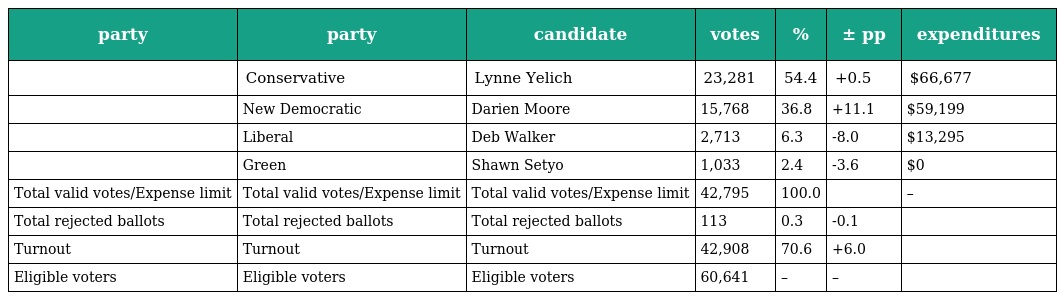
| party | party | candidate | votes | % | ± pp | expenditures |
 | --- | --- | --- | --- | --- | --- | --- |
 |  | Conservative | Lynne Yelich | 23,281 | 54.4 | +0.5 | $66,677 |
 |  | New Democratic | Darien Moore | 15,768 | 36.8 | +11.1 | $59,199 |
 |  | Liberal | Deb Walker | 2,713 | 6.3 | -8.0 | $13,295 |
 |  | Green | Shawn Setyo | 1,033 | 2.4 | -3.6 | $0 |
 | Total valid votes/Expense limit | Total valid votes/Expense limit | Total valid votes/Expense limit | 42,795 | 100.0 |  | – |
 | Total rejected ballots | Total rejected ballots | Total rejected ballots | 113 | 0.3 | -0.1 |  |
 | Turnout | Turnout | Turnout | 42,908 | 70.6 | +6.0 |  |
 | Eligible voters | Eligible voters | Eligible voters | 60,641 | – | – |  |